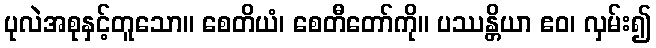
ပုလဲအစုနှင့်တူသော။ စေတိယံ၊ စေတီတော်ကို။ ပဿန္တိယာ ဧဝ၊ လှမ်း၍